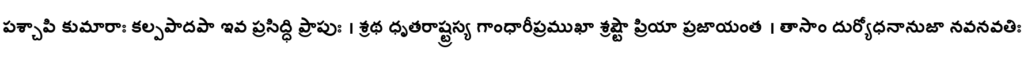
పశ్చాపి కుమారాః కల్పపాదపా ఇవ ప్రసిద్ధి ప్రాపుః । శ్రథ ధృతరాష్ట్రస్య గాంధారీప్రముఖా శ్రష్టౌ ప్రియా ప్రజాయంత । తాసాం దుర్యోధనానుజా నవనవతిః